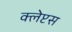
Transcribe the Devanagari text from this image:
क्लेप्टस